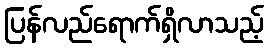
ပြန်လည်ရောက်ရှိလာသည့်